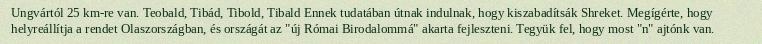
Ungvártól 25 km-re van. Teobald, Tibád, Tibold, Tibald Ennek tudatában útnak indulnak, hogy kiszabadítsák Shreket. Megígérte, hogy helyreállítja a rendet Olaszországban, és országát az "új Római Birodalommá" akarta fejleszteni. Tegyük fel, hogy most "n" ajtónk van.